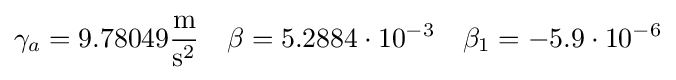
\gamma _{a}=9{.}78049{\frac {\mathrm {m} }{\mathrm {s} ^{2}}}\quad \beta =5{.}2884\cdot 10^{-3}\quad \beta _{1}=-5{.}9\cdot 10^{-6}